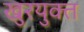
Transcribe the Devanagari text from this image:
खुरयुक्त